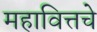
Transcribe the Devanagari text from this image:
महावित्तचे